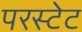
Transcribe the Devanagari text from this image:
परस्टेट